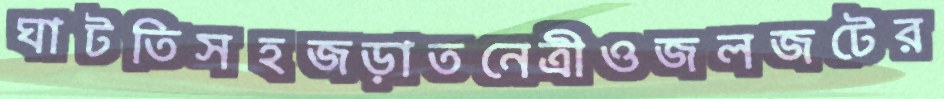
ঘাটতিসহজড়াতনেত্রীওজলজটের